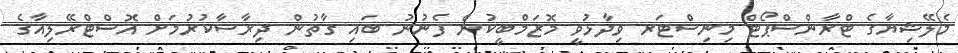
މެލޭޝިޔާގެ ޓްރާންސްޕޯޓް މިނިސްޓަރ ވިދާޅުވީ މޮޒަމްބީކުން ފެނުނު ބައި ގާތުން ދިރާސާކުރުމަށް އޮސްޓްރޭލިއާގެ